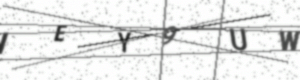
Text: IEY9UW